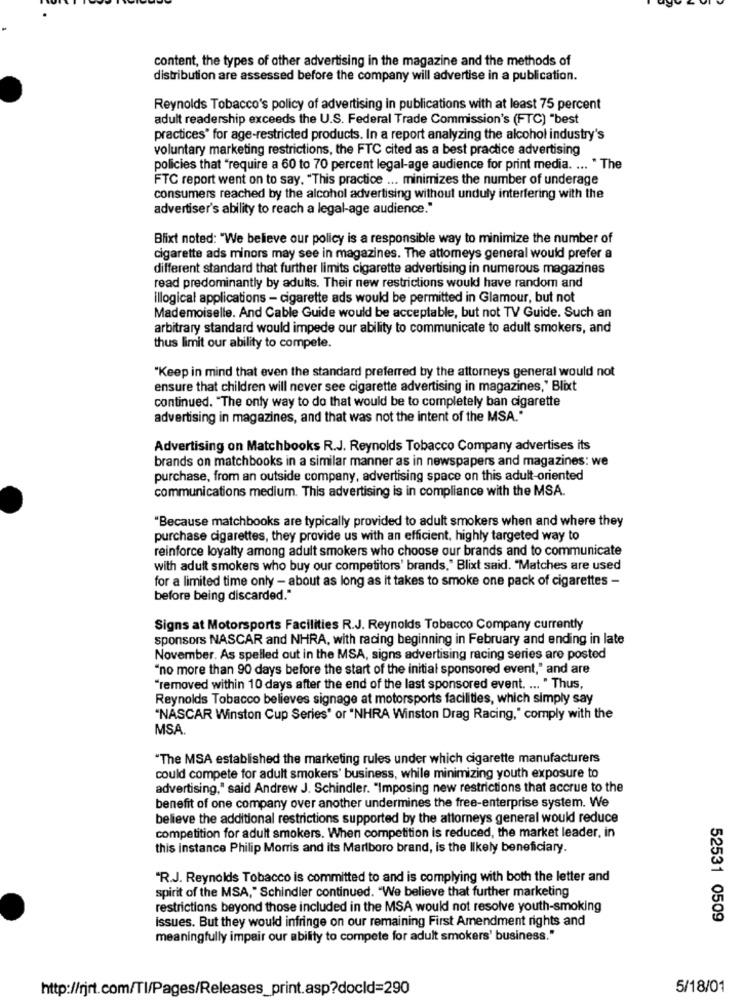
content, the types of other advertising in the magazine and the methods of
distribution are assessed before the company will advertise in a publication.
Reynolds Tobacco's policy of advertising in publications with at least 75 percent
adult readership exceeds the U.S. Federal Trade Commission's (FTC) "best
practices" for age-restricted products. In a report analyzing the alcohol industry's
voluntary marketing restrictions, the FTC cited as a best practice advertising
policies that "require a 60 to 70 percent legal-age audience for print media. ... " The
FTC report went on to say. "This practice ... minimizes the number of underage
consumers reached by the alcohol advertising without unduly interfering with the
advertiser's ability to reach a legal-age audience."
Blixt noted: "We believe our policy is a responsible way to minimize the number of
cigarette ads minors may see in magazines. The attomeys general would prefer a
different standard that further limits cigarette advertising in numerous magazines
read predominantly by adults. Their new restrictions would have random and
illogical applications - cigarette ads would be permitted in Glamour, but not
Mademoiselle. And Cable Guide would be acceptable, but not TV Guide. Such an
arbitrary standard would impede our ability to communicate to adult smokers, and
thus limit our ability to compete.
"Keep in mind that even the standard preferred by the attorneys general would not
ensure that children will never see cigarette advertising in magazines,' Blixt
continued. "The only way to do that would be to completely ban cigarette
advertising in magazines, and that was not the intent of the MSA."
Advertising on Matchbooks R.J. Reynolds Tobacco Company advertises its
brands on matchbooks in a similar manner as in newspapers and magazines: we
purchase, from an outside company, advertising space on this adult-oriented
communications medium. This advertising is in compliance with the MSA.
"Because matchbooks are typically provided to adult smokers when and where they
purchase cigarettes, they provide us with an efficient, highly targeted way to
reinforce loyalty among adult smokers who choose our brands and to communicate
with adult smokers who buy our competitors' brands," Blixt said. "Matches are used
for a limited time only - about as long as it takes to smoke one pack of cigarettes -
before being discarded."
Signs at Motorsports Facilities R.J. Reynolds Tobacco Company currently
sponsors NASCAR and NHRA, with racing beginning in February and ending in late
November. As spelled out in the MSA, signs advertising racing series are posted
"no more than 90 days before the start of the initial sponsored event," and are
"removed within 10 days after the end of the last sponsored event. ... " Thus,
Reynolds Tobacco believes signage at motorsports facilities, which simply say
"NASCAR Winston Cup Series" or "NHRA Winston Drag Racing," comply with the
MSA.
"The MSA established the marketing rules under which cigarette manufacturers
could compete for adult smokers' business, while minimizing youth exposure to
advertising," said Andrew J. Schindler. "Imposing new restrictions that accrue to the
benefit of one company over another undermines the free-enterprise system. We
believe the additional restrictions supported by the attorneys general would reduce
competition for adult smokers. When competition is reduced, the market leader, in
this instance Philip Morris and its Marlboro brand, is the Ilkely beneficiary.
"R.J. Reynolds Tobacco is committed to and is complying with both the letter and
spirit of the MSA," Schindler continued. "We believe that further marketing
restrictions beyond those included in the MSA would not resolve youth-smoking
issues. But they would infringe on our remaining First Amendment rights and
52531 0509
meaningfully impair our ability to compete for adult smokers' business."
http://rjrt.com/Tl/Pages/Releases_print.asp?docld=290
5/18/01